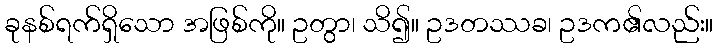
ခုနစ်ရက်ရှိသော အဖြစ်ကို။ ဥတွာ၊ သိ၍။ ဥဒတဿခ၊ ဥဒက၏လည်း။